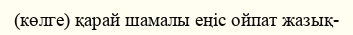
(көлге) қарай шамалы еңіс ойпат жазық-